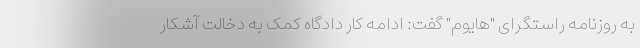
به روزنامه راستگرای "هایوم" گفت: ادامه کار دادگاه کمک به دخالت آشکار